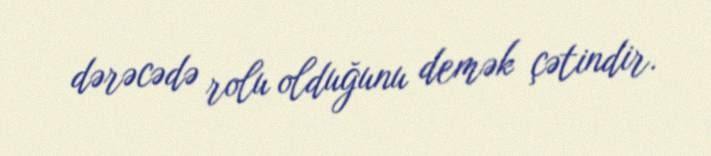
dərəcədə rolu olduğunu demək çətindir.